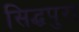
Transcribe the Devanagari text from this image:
सिद्धपुरा